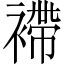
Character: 𧜵